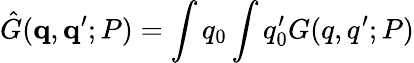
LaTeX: {\hat{G}}({\mathbf q},{\mathbf q^{\prime}};P)=\int q_{0}\int q_{0}^{\prime}G(q,q^{\prime};P)